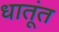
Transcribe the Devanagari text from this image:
धातूंत